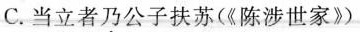
C. 当立者乃公子扶苏(《陈涉世家》)